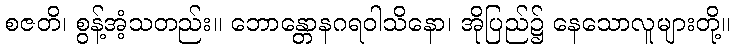
စဇတိ၊ စွန့်အံ့သတည်း။ ဘောန္တောနဂရဝါသိနော၊ အိုပြည်၌ နေသောလူများတို့။